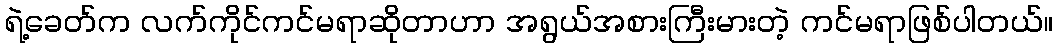
ရဲ့ခေတ်က လက်ကိုင်ကင်မရာဆိုတာဟာ အရွယ်အစားကြီးမားတဲ့ ကင်မရာဖြစ်ပါတယ်။